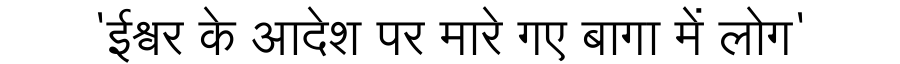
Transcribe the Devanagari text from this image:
'ईश्वर के आदेश पर मारे गए बागा में लोग'